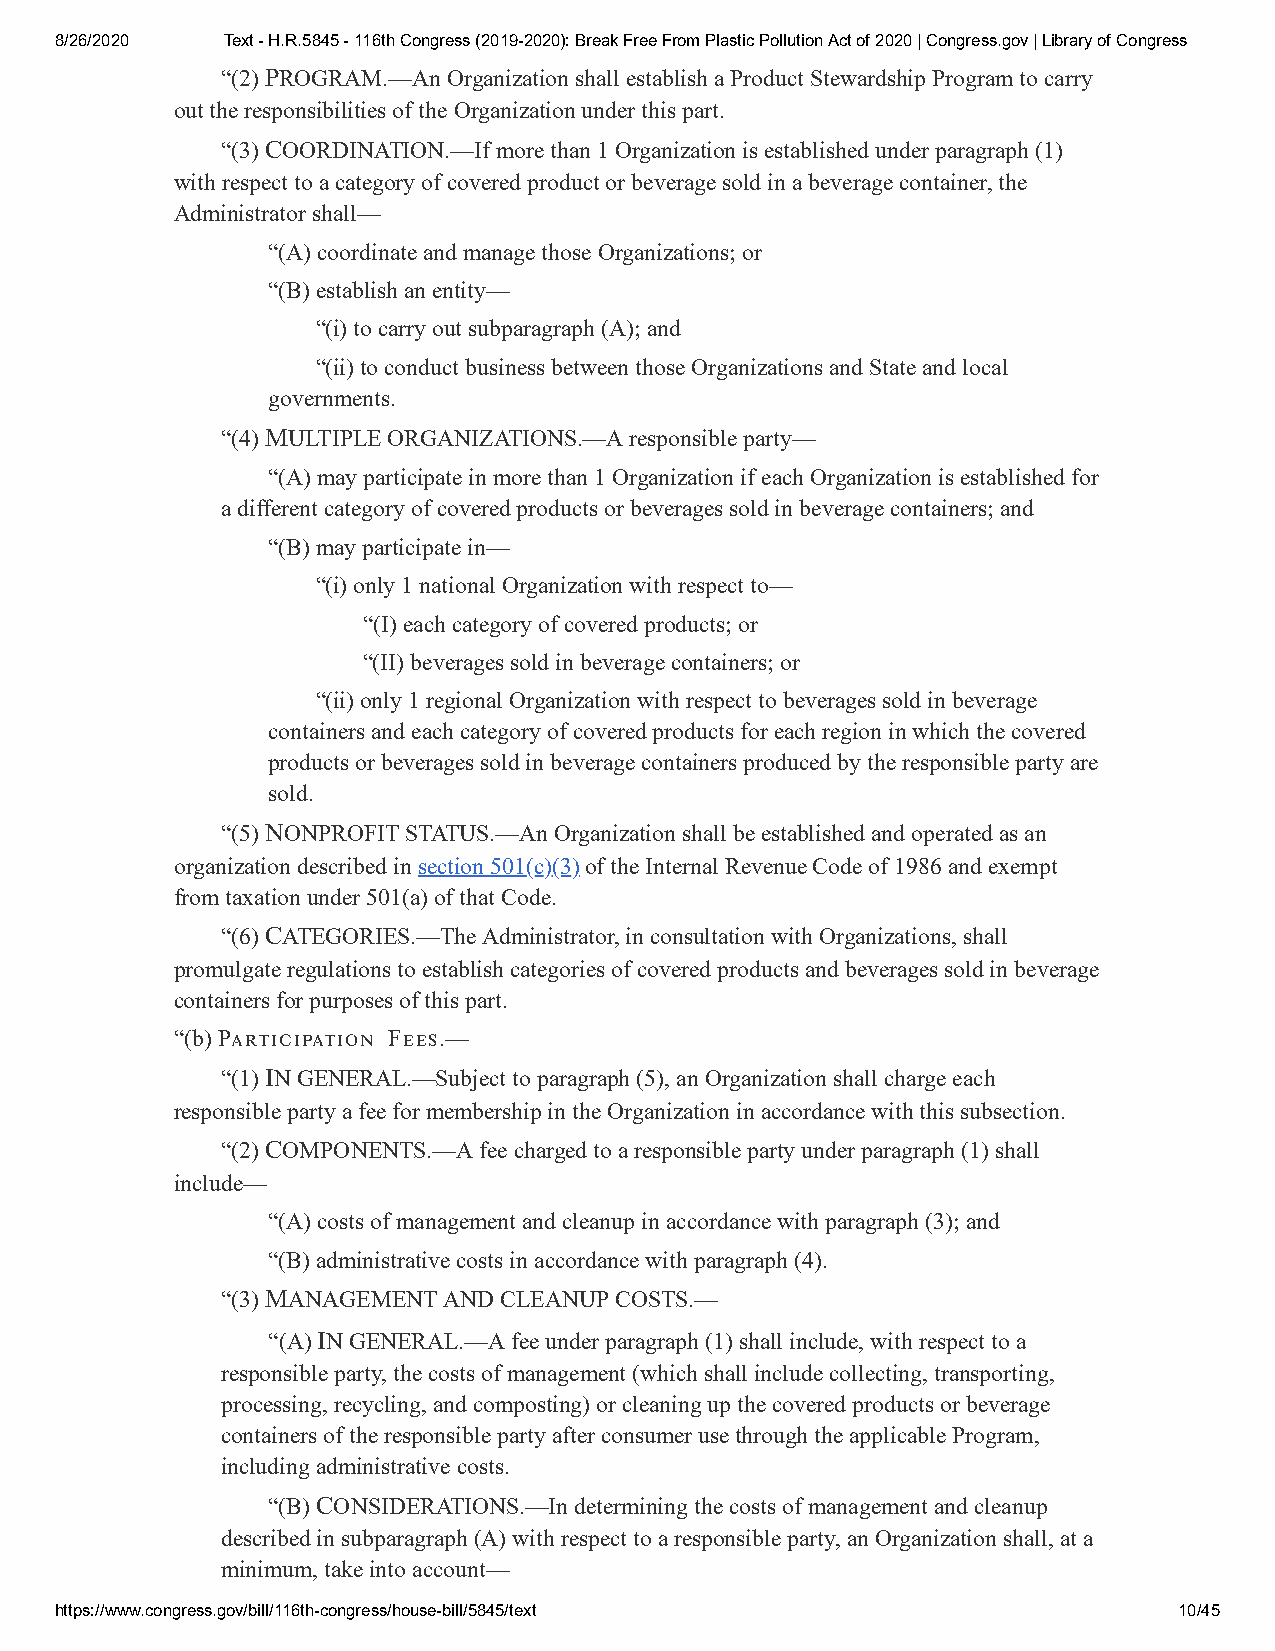
8/26/2020  Text - H.R.5845 - 116th Congress (2019-2020): Break Free From Plastic Pollution Act of 2020 | Congress.gov | Library of Congress
 “(2) PROGRAM.—An Organization shall establish a Product Stewardship Program to carry
 out the responsibilities of the Organization under this part.
 “(3) COORDINATION.—If more than 1 Organization is established under paragraph (1)
 with respect to a category of covered product or beverage sold in a beverage container, the
 Administrator shall—
 “(A) coordinate and manage those Organizations; or
 “(B) establish an entity—
 “(i) to carry out subparagraph (A); and
 “(ii) to conduct business between those Organizations and State and local
 governments.
 “(4) MULTIPLE ORGANIZATIONS.—A responsible party—
 “(A) may participate in more than 1 Organization if each Organization is established for
 a different category of covered products or beverages sold in beverage containers; and
 “(B) may participate in—
 “(i) only 1 national Organization with respect to—
 “(I) each category of covered products; or
 “(II) beverages sold in beverage containers; or
 “(ii) only 1 regional Organization with respect to beverages sold in beverage
 containers and each category of covered products for each region in which the covered
 products or beverages sold in beverage containers produced by the responsible party are
 sold.
 “(5) NONPROFIT STATUS.—An Organization shall be established and operated as an
 organization described in section 501(c)(3) of the Internal Revenue Code of 1986 and exempt
 from taxation under 501(a) of that Code.
 “(6) CATEGORIES.—The Administrator, in consultation with Organizations, shall
 promulgate regulations to establish categories of covered products and beverages sold in beverage
 containers for purposes of this part.
 “(b) P F.—
 “(1) IN GENERAL.—Subject to paragraph (5), an Organization shall charge each
 responsible party a fee for membership in the Organization in accordance with this subsection.
 “(2) COMPONENTS.—A fee charged to a responsible party under paragraph (1) shall
 include—
 “(A) costs of management and cleanup in accordance with paragraph (3); and
 “(B) administrative costs in accordance with paragraph (4).
 “(3) MANAGEMENT AND CLEANUP COSTS.—
 “(A) IN GENERAL.—A fee under paragraph (1) shall include, with respect to a
 responsible party, the costs of management (which shall include collecting, transporting,
 processing, recycling, and composting) or cleaning up the covered products or beverage
 containers of the responsible party after consumer use through the applicable Program,
 including administrative costs.
 “(B) CONSIDERATIONS.—In determining the costs of management and cleanup
 described in subparagraph (A) with respect to a responsible party, an Organization shall, at a
 minimum, take into account—
 https://www.congress.gov/bill/116th-congress/house-bill/5845/text         10/45